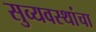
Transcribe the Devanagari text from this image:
सुव्यवस्थांचा